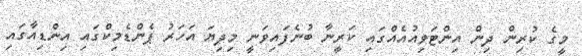
މީގެ ކުރިން ދިން އިންޓަވިއުއެއްގައި ކަރީނާ ބުނެފައިވަނީ މިދިޔަ އަހަރު ޕެންޑެމިކްގައި އިންޑިއާގައި